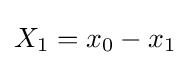
X_{1}=x_{0}-x_{1}